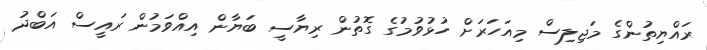
ރައްޔިތުންގެ މަޖިލިސް މިއަހަރަށް ހުޅުވުމުގެ ގޮތުން ރިޔާސީ ބަޔާން އިއްވަމުން ރައީސް އަބްދު